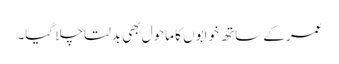
عمر کے ساتھ خوابوں کا ماحول بھی بدلتا چلا گیا۔